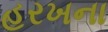
હરખના